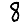
Digit: 8